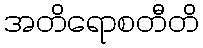
အတိရောစတီတိ